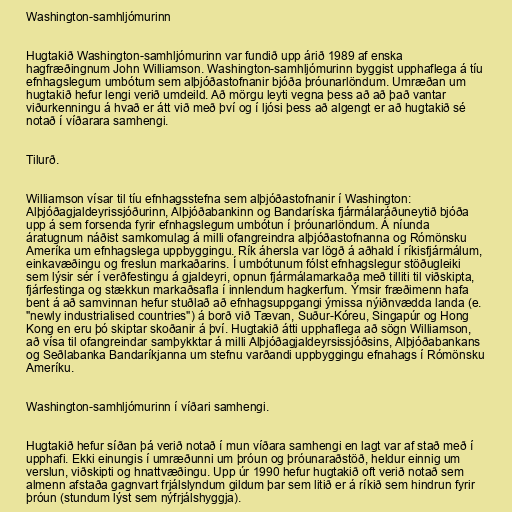
Washington-samhljómurinn

Hugtakið Washington-samhljómurinn var fundið upp árið 1989 af enska
hagfræðingnum John Williamson. Washington-samhljómurinn byggist upphaflega á tíu
efnhagslegum umbótum sem alþjóðastofnanir bjóða þróunarlöndum. Umræðan um
hugtakið hefur lengi verið umdeild. Að mörgu leyti vegna þess að að það vantar
viðurkenningu á hvað er átt við með því og í ljósi þess að algengt er að hugtakið sé
notað í víðarara samhengi.

Tilurð.

Williamson vísar til tíu efnhagsstefna sem alþjóðastofnanir í Washington:
Alþjóðagjaldeyrissjóðurinn, Alþjóðabankinn og Bandaríska fjármálaráðuneytið bjóða
upp á sem forsenda fyrir efnhagslegum umbótun í þróunarlöndum. Á níunda
áratugnum náðist samkomulag á milli ofangreindra alþjóðastofnanna og Rómönsku
Ameríka um efnhagslega uppbyggingu. Rík áhersla var lögð á aðhald í ríkisfjármálum,
einkavæðingu og freslun markaðarins. Í umbótunum fólst efnhagslegur stöðugleiki
sem lýsir sér í verðfestingu á gjaldeyri, opnun fjármálamarkaða með tilliti til viðskipta,
fjárfestinga og stækkun markaðsafla í innlendum hagkerfum. Ýmsir fræðimenn hafa
bent á að samvinnan hefur stuðlað að efnhagsuppgangi ýmissa nýiðnvædda landa (e.
"newly industrialised countries") á borð við Tævan, Suður-Kóreu, Singapúr og Hong
Kong en eru þó skiptar skoðanir á því. Hugtakið átti upphaflega að sögn Williamson,
að vísa til ofangreindar samþykktar á milli Alþjóðagjaldeyrsissjóðsins, Alþjóðabankans
og Seðlabanka Bandaríkjanna um stefnu varðandi uppbyggingu efnahags í Rómönsku
Ameríku.

Washington-samhljómurinn í víðari samhengi.

Hugtakið hefur síðan þá verið notað í mun víðara samhengi en lagt var af stað með í
upphafi. Ekki einungis í umræðunni um þróun og þróunaraðstöð, heldur einnig um
verslun, viðskipti og hnattvæðingu. Upp úr 1990 hefur hugtakið oft verið notað sem
almenn afstaða gagnvart frjálslyndum gildum þar sem litið er á ríkið sem hindrun fyrir
þróun (stundum lýst sem nýfrjálshyggja).